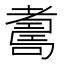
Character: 𦓃